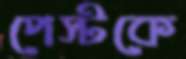
পেস্টকে